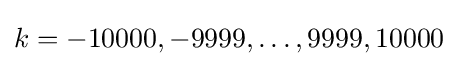
k=-10000,-9999,\ldots ,9999,10000